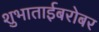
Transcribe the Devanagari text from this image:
शुभाताईबरोबर